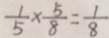
\frac { 1 } { 5 } \times \frac { 5 } { 8 } = \frac { 1 } { 8 }